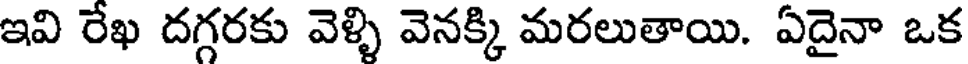
ఇవి రేఖ దగ్గరకు వెళ్ళి వెనక్కి మరలుతాయి. ఏదైనా ఒక